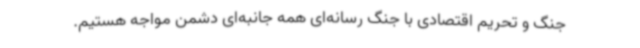
جنگ و تحریم اقتصادی با جنگ رسانه‌ای همه جانبه‌ای دشمن مواجه هستیم.